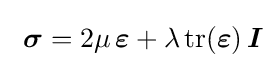
\,\,{\boldsymbol {\sigma }}=2\mu \,{\boldsymbol {\varepsilon }}+\lambda \,{\text{tr}}({\boldsymbol {\varepsilon }})\,{\boldsymbol {I}}